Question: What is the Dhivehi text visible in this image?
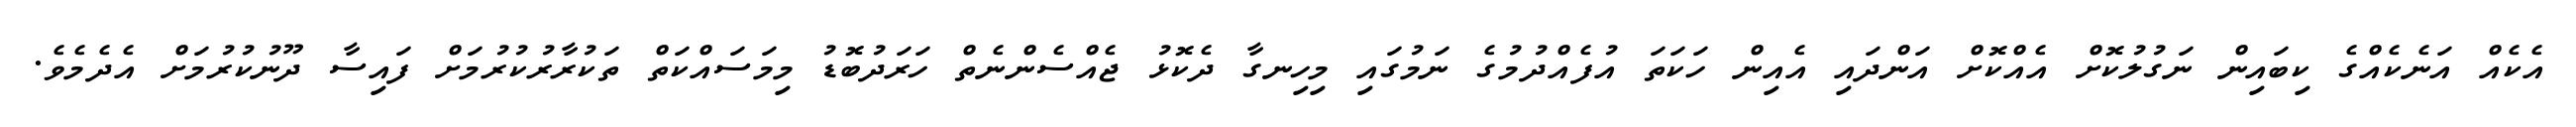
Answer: އެކެއް އަނެކެއްގެ ކިބައިން ނަގުލުކޮށް އެއްކޮށް އަންދައި އެއިން ހަކަތަ އުފެއްދުމުގެ ނަމުގައި މިހިނގާ ދެކޮޅު ޖެއްސެންނެތް ހަރަދުބޮޑު މިމަސައްކަތް ތަކުރާރުކުރުމަށް ފައިސާ ދޫނުކުރުމަށް އެދެމެވެ.